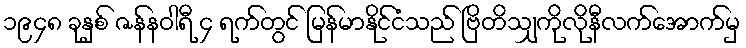
၁၉၄၈ ခုနှစ် ဇန်နဝါရီ ၄ ရက်တွင် မြန်မာနိုင်ငံသည် ဗြိတိသျှကိုလိုနီလက်အောက်မှ